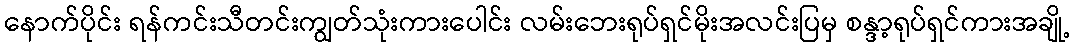
နောက်ပိုင်း ရန်ကင်းသီတင်းကျွတ်သုံးကားပေါင်း လမ်းဘေးရုပ်ရှင်မိုးအလင်းပြမှ စန္ဒာ့ရုပ်ရှင်ကားအချို့